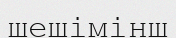
шешімінш